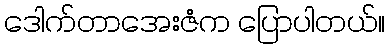
ဒေါက်တာအေးဇံက ပြောပါတယ်။